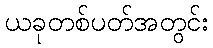
ယခုတစ်ပတ်အတွင်း